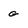
Character: g